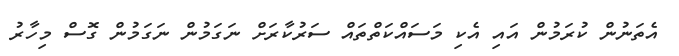
އެތަނުން ކުރަމުން އައި އެކި މަސައްކަތްތައް ސަރުކާރަށް ނަގަމުން ނަގަމުން ގޮސް މިހާރު